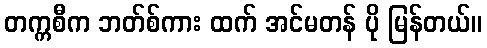
တက္ကစီက ဘတ်စ်ကား ထက် အင်မတန် ပို မြန်တယ်။